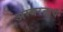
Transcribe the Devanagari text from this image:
अम्‍बरनाथ